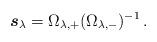
LaTeX: \begin{align*} \boldsymbol{s}_{\lambda} = \Omega_{\lambda,+}(\Omega_{\lambda,-})^{-1} \,.\end{align*}